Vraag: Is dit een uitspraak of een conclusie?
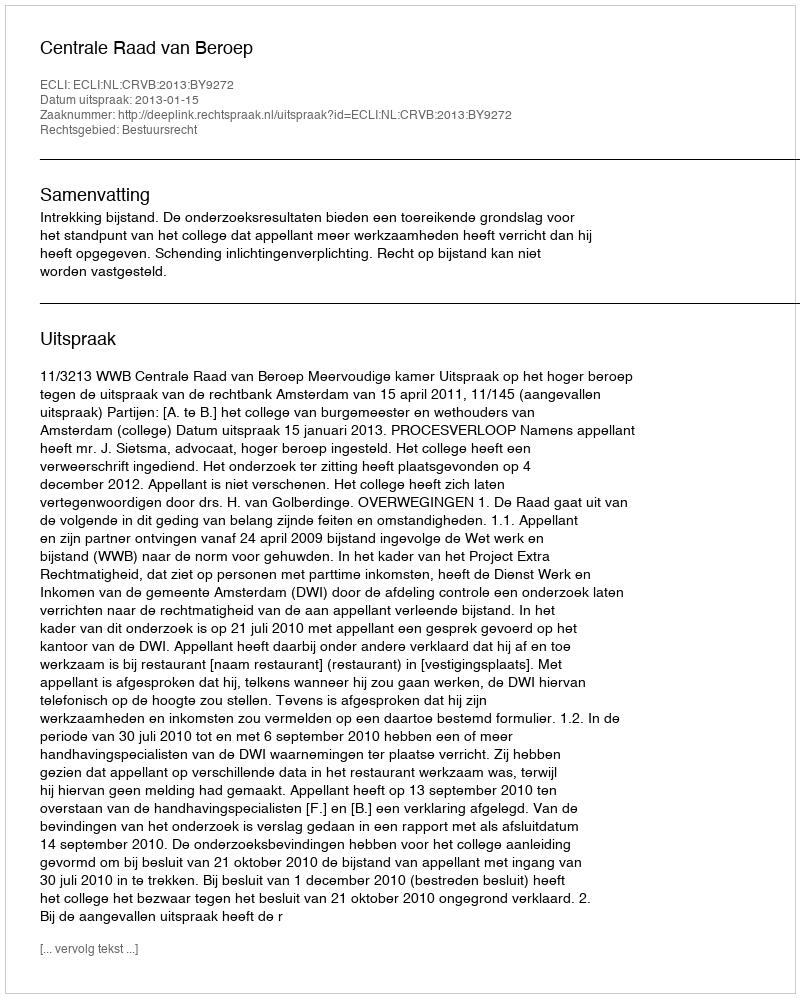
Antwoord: Uitspraak